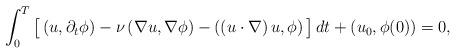
LaTeX: \begin{align*} \int_0^{T}\big[ \left(u,\partial_t\phi\right)-\nu\left(\nabla u,\nabla\phi\right)-\left((u\cdot\nabla)\,u,\phi\right)\big]\,dt +\left(u_0,\phi(0)\right)=0, \end{align*}